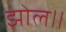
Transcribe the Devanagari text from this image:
झोल॥